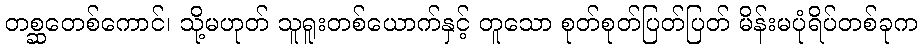
တစ္ဆတေစ်ကောင်၊ သို့မဟုတ် သူရူးတစ်ယောက်နှင့် တူသော စုတ်စုတ်ပြတ်ပြတ် မိန်းမပုံရိပ်တစ်ခုက